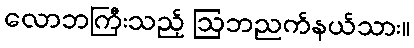
လောဘကြီးသည့် ဩဘညက်နယ်သား။